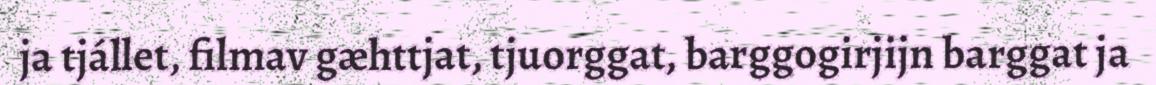
ja tjállet, filmav gæhttjat, tjuorggat, barggogirjijn barggat ja